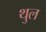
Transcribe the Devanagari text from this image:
थुल